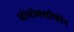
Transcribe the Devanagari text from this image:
प्रोपोक्सीफीन